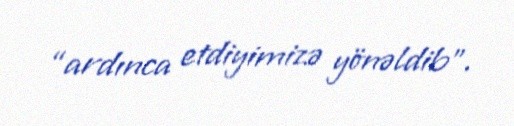
“ardınca etdiyimizə yönəldib”.